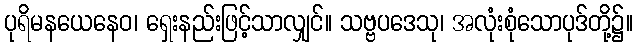
ပုရိမနယေနေဝ၊ ရှေးနည်းဖြင့်သာလျှင်။ သဗ္ဗပဒေသု၊ အလုံးစုံသောပုဒ်တို့၌။